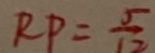
R P = \frac { 5 } { 1 2 }